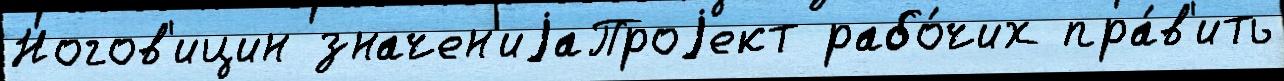
Ногов'ицин значен'иjаПроjект рабо́чих пра́в'ить